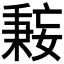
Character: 𫱤